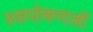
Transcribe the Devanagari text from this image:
स्वपोषणजों